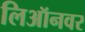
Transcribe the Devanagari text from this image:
लिऑनवर